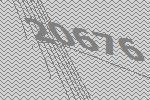
20676